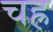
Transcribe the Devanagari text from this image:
चह्र